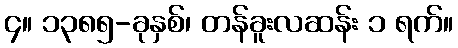
၄။ ၁၃၈၅-ခုနှစ်၊ တန်ခူးလဆန်း ၁ ရက်။